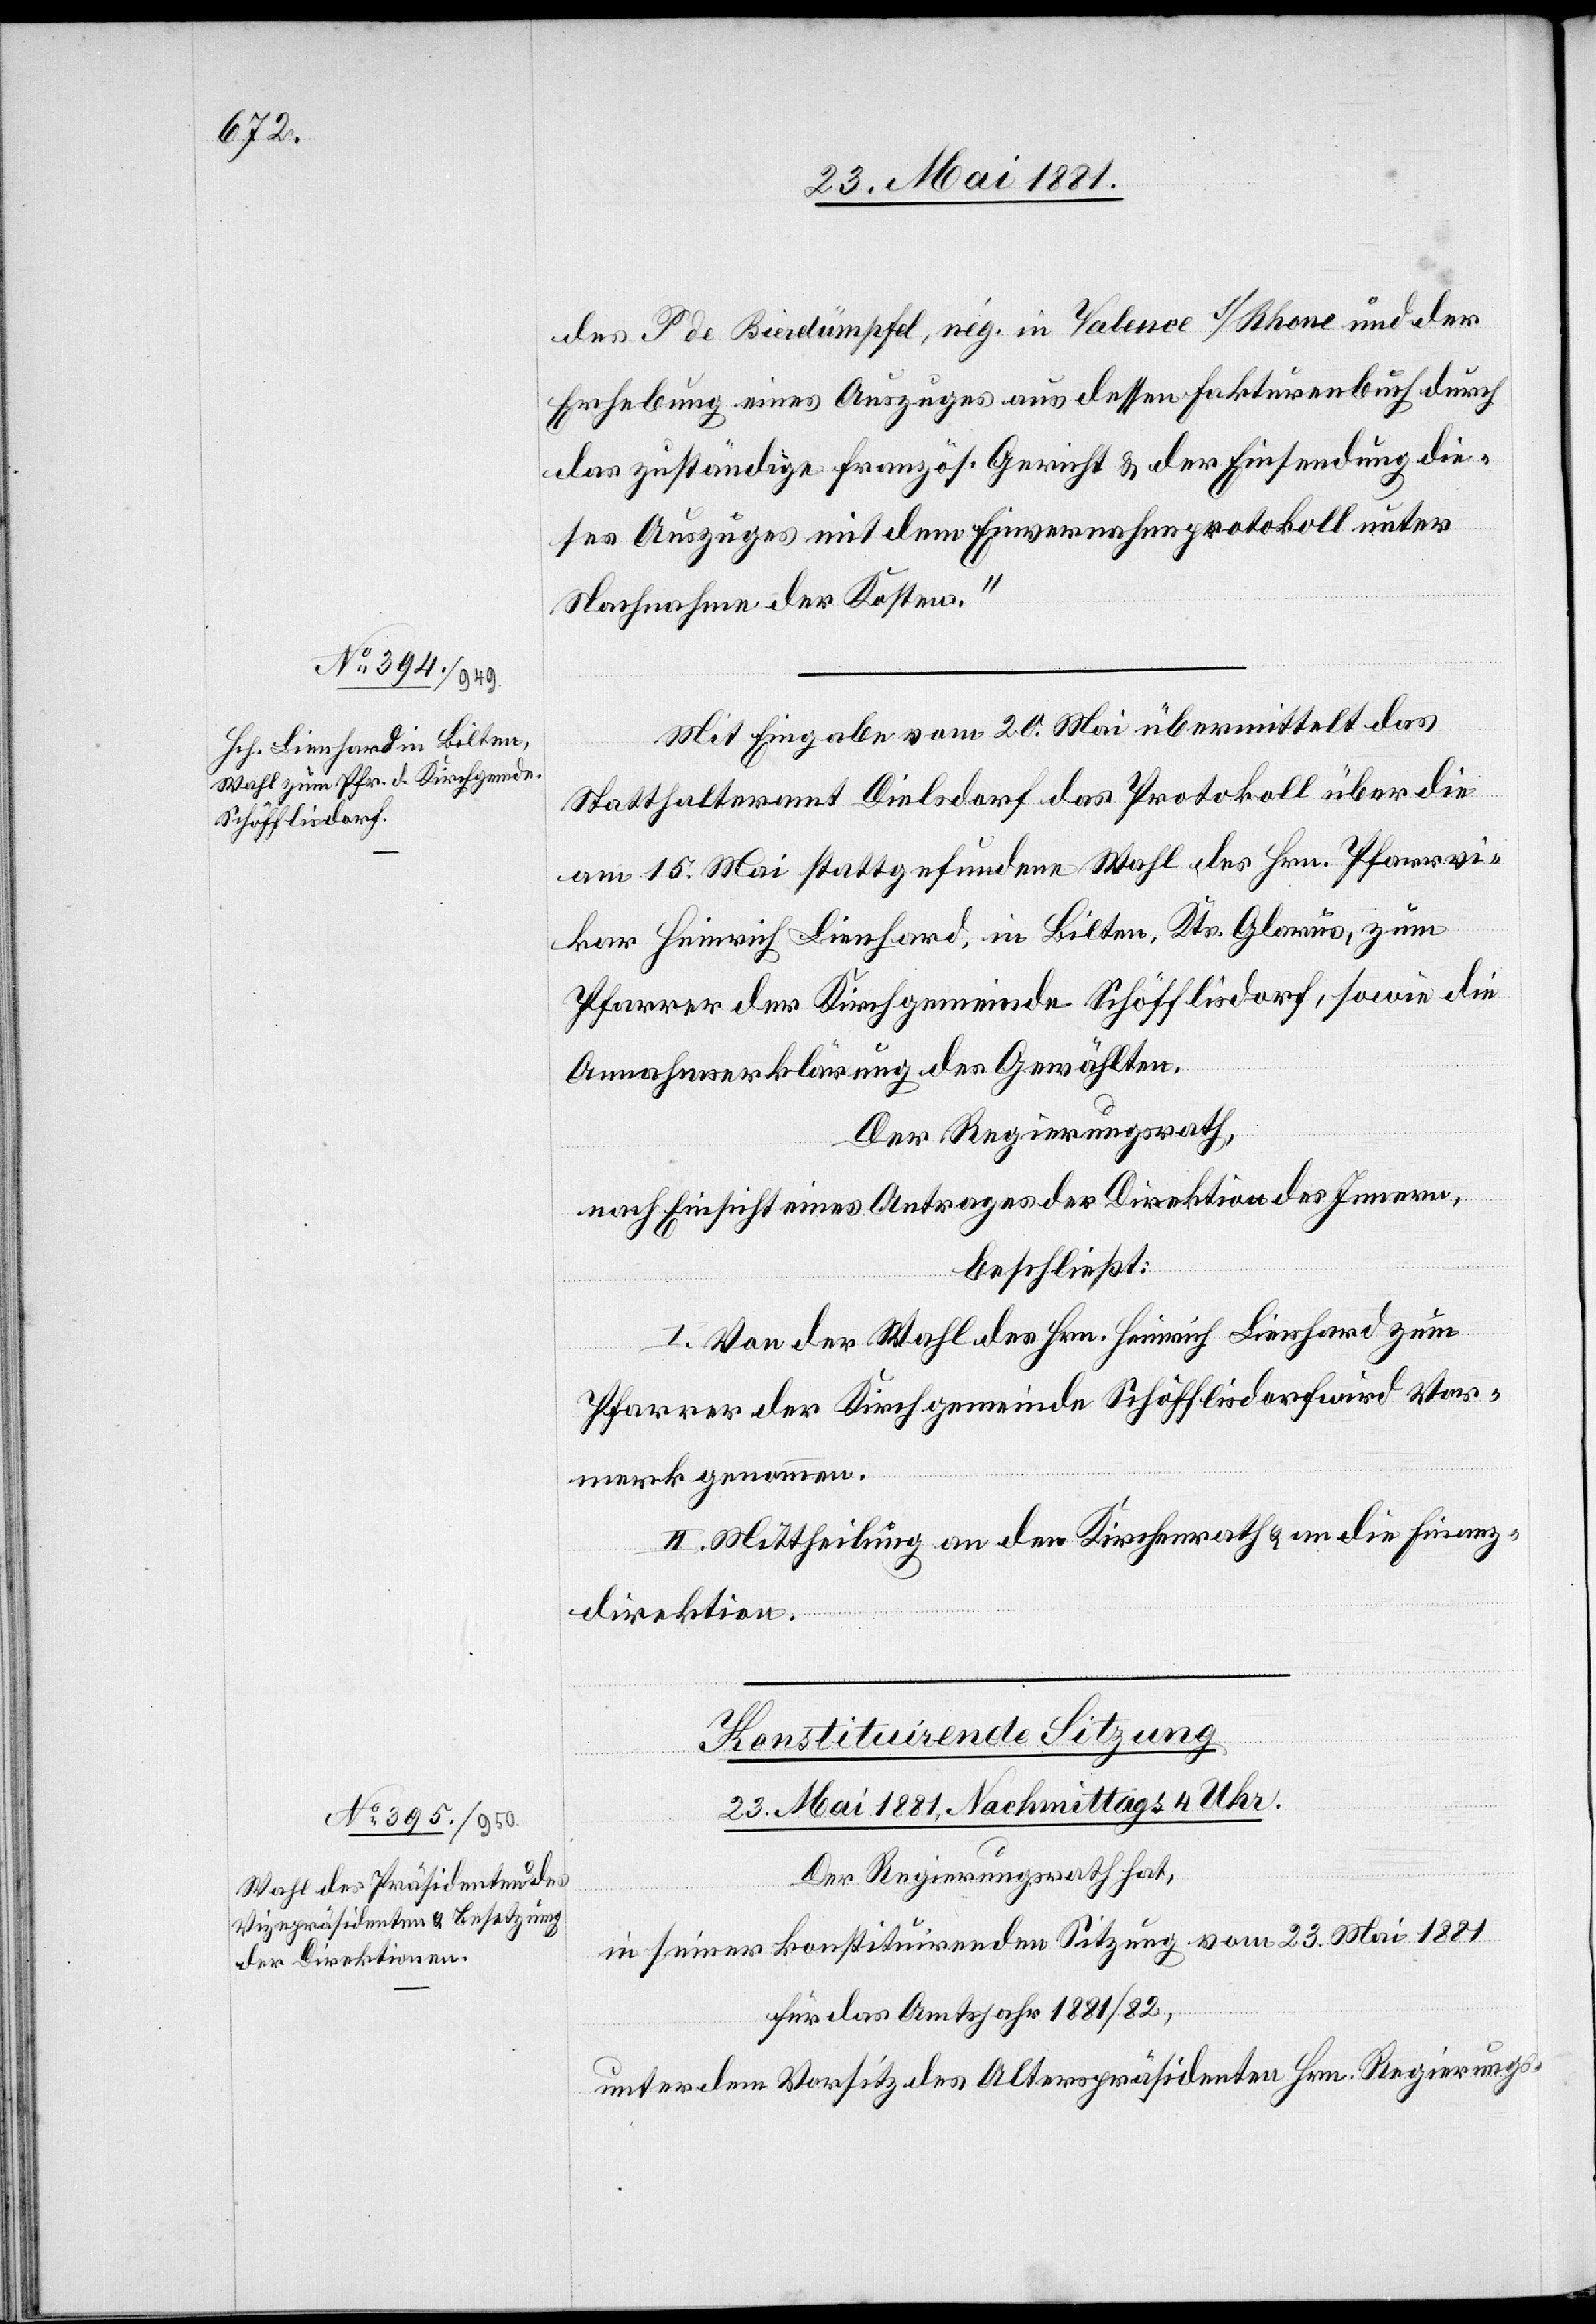
des P de Bierdümpfel [sic!], nég. in Valece s/Rhone und der
Erhebung eines Auszuges aus dessen Fakturenbuch durch
das zuständige französ. Gericht & der Einsendung die¬
ses Auszuges mit dem Einvernahmeprotokoll unter
Nachnahme der Kosten.“
Mit Eingabe vom 20. Mai übermittelt das
Statthalteramt Diesldorf das Protokoll über die
am 15. Mai stattgefundene Wahl des Hrn. Pfarrvi¬
kar Heinrich Lienhard, in Bilten, Kts. Glarus, zum
Pfarrer der Kirchgemeinde Schöfflisdorf, sowie die
Annahmeerklärung des Gewählten.
Der Regierungsrath hat,
in seiner konstituirenden Sitzung vom 23. Mai 1881
für das Amtsjahr 1881/82,
unter dem Vorsitz des Alterspräsidenten Hrn. Regierungs-